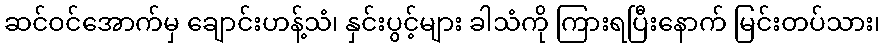
ဆင်ဝင်အောက်မှ ချောင်းဟန့်သံ၊ နှင်းပွင့်များ ခါသံကို ကြားရပြီးနောက် မြင်းတပ်သား၊